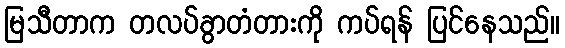
မြသီတာက တလပ်ခွာတံတားကို ကပ်ရန် ပြင်နေသည်။